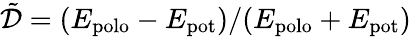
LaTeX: \tilde{\mathcal{D}}=(E_{\mathrm{polo}}-E_{\mathrm{pot}})/(E_{\mathrm{polo}}+E_{\mathrm{pot}})